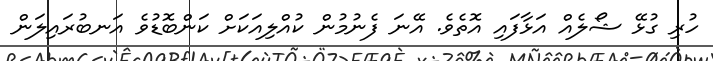
ހުރި ގުޅޭ ޝޯލެއް އަޅާފައި އޮތެވެ. އޭނަ ފެނުމުން ކުއްލިއަކަށް ކަންބޮޑުވެ އަނބުރައިލަން